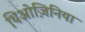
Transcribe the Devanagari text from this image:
थिओज़िनिया